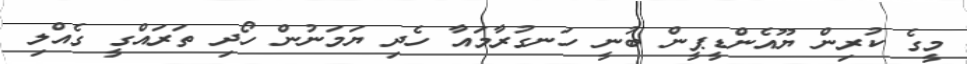
މީގެ ކުރިން ޔޫއެންޑީޕީން ބުނީ ހަނގުރާމައާ ހެދި ޔަމަނުން ހޯދި ތަރައްގީ ގެއްލި